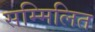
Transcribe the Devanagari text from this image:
सम्‍मिलित